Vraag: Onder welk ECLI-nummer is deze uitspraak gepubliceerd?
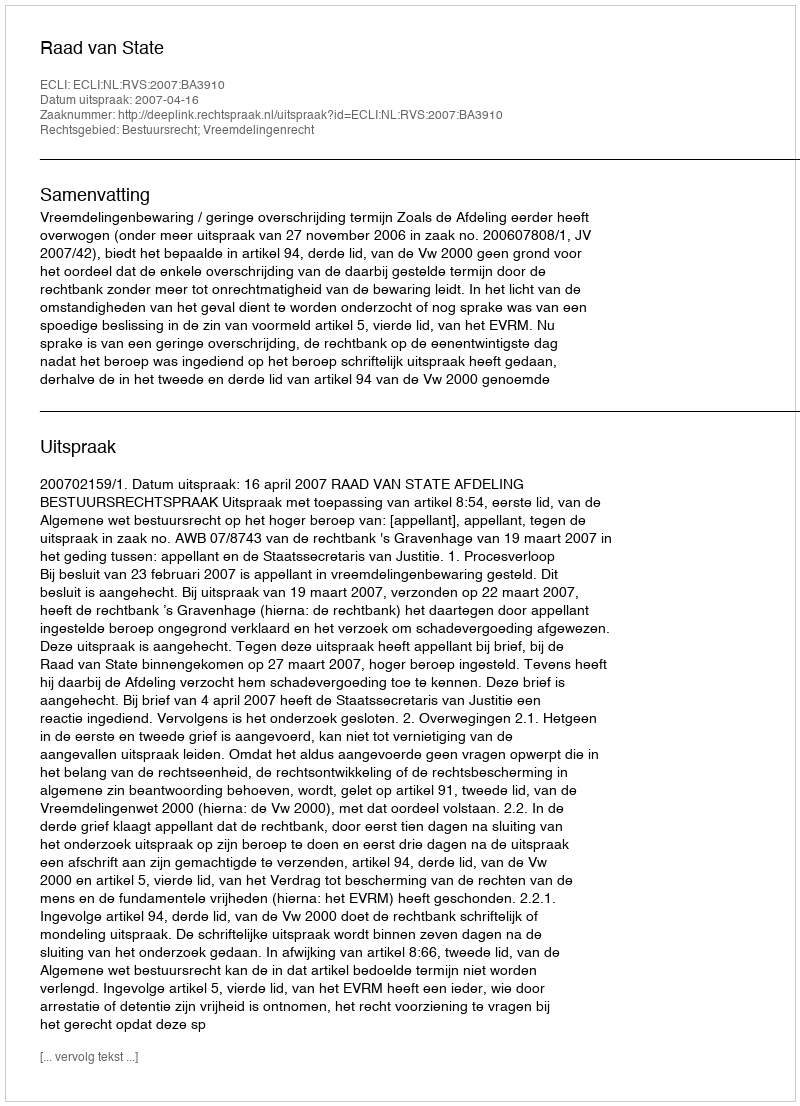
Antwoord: ECLI:NL:RVS:2007:BA3910